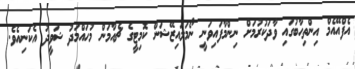
އެފްއޭއެމް އިންތިހާބުގައި ވާދަކުރުމަށް ނިންމާފައިވަނީ ނޯމަލައިޒޭޝަން ކޮމިޓީގެ ޗެއާމަން މުހައްމަދު ޝަވީދު އެކަނިއެވެ.